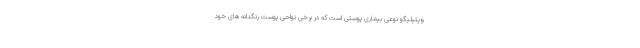
ویتیلیگو نوعی بیماری پوستی است که در برخی نواحی پوست رنگدانه های خود